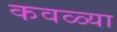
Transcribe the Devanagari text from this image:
कवळ्या